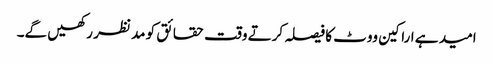
امید ہے اراکین ووٹ کا فیصلہ کرتے وقت حقائق کو مد نظر رکھیں گے۔